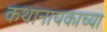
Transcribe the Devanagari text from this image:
कथानायकाच्या